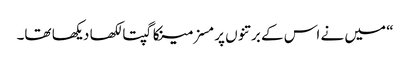
“ میں نے اس کے برتنوں پر مسز مینکا گپتا لکھا دیکھا تھا۔